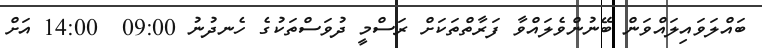
ބައްލަވައިލައްވަން ބޭނުންވެލައްވާ ފަރާތްތަކަށް ރަސްމީ ދުވަސްތަކުގެ ހެނދުނު 09:00  14:00 އަށް